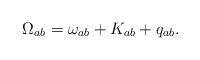
LaTeX: \begin{align*}\Omega_{ab} = \omega_{ab} + K_{ab} + q_{ab}.\end{align*}